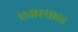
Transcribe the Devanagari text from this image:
एअरसाइड